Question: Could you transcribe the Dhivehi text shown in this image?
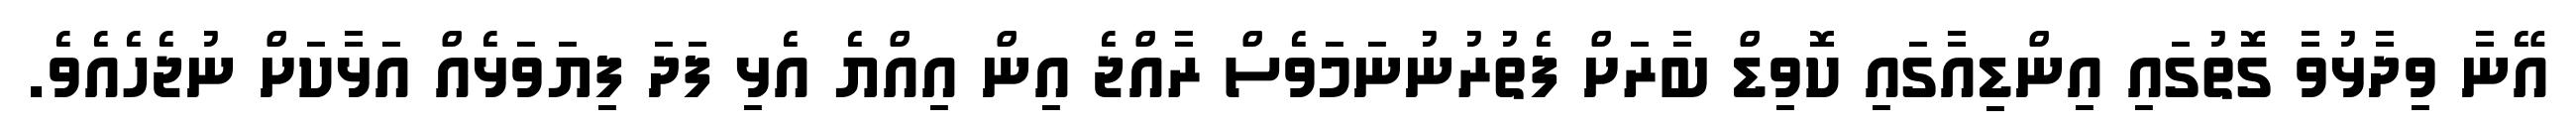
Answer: އޭނާ ވިދާޅުވާ ގޮތުގައި އިންޑިއާގައި ކޮވިޑް ބާރަށް ފެތުރުނުނަމަވެސް ރާއްޖެ އިން އިއްޔެ އެޅި ފަދަ ފިޔަވަޅެއް އަޅާކަށް ނުޖެހެއެވެ.